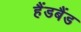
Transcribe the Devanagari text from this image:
हैंडबैंड